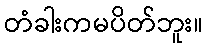
တံခါးကမပိတ်ဘူး။